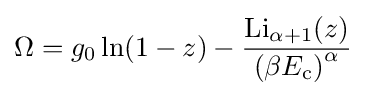
\Omega =g_{0}\ln(1-z)-{\frac {{\textrm {Li}}_{\alpha +1}(z)}{\left(\beta E_{\rm {c}}\right)^{\alpha }}}